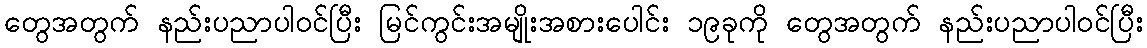
တွေအတွက် နည်းပညာပါဝင်ပြီး မြင်ကွင်းအမျိုးအစားပေါင်း ၁၉ခုကို တွေအတွက် နည်းပညာပါဝင်ပြီး